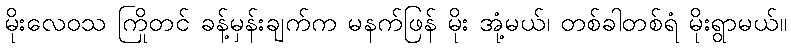
မိုးလေဝသ ကြိုတင် ခန့်မှန်းချက်က မနက်ဖြန် မိုး အုံ့မယ်၊ တစ်ခါတစ်ရံ မိုးရွာမယ်။